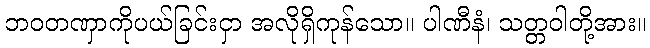
ဘဝတဏှာကိုပယ်ခြင်းငှာ အလိုရှိကုန်သော။ ပါဏီနံ၊ သတ္တဝါတို့အား။